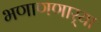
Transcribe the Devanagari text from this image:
भणाणणार्‍या